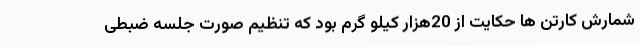
شمارش کارتن ها حکایت از 20هزار کیلو گرم بود که تنظیم صورت جلسه ضبطی